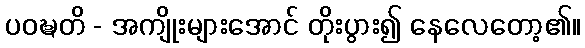
ပဝဍ္ဎတိ - အကျိုးများအောင် တိုးပွား၍ နေလေတော့၏။